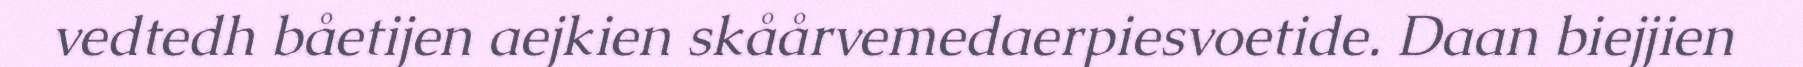
vedtedh båetijen aejkien skåårvemedaerpiesvoetide. Daan biejjien